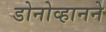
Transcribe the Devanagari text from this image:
डोनोव्हानने